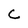
Character: c